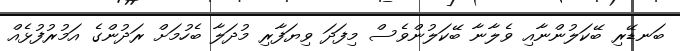
ބަނޑޭރި ބޭކަލުންނާއި ވެލާނާ ބޭކަލުންވެސް މިފަދަ ވިޔަފާރި މުދަލާ ބެހުމަށް ރަދުންގެ އަމުރުފުޅެއް